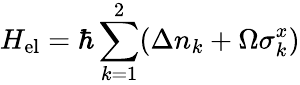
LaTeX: H_{\mathrm{el}}=\hbar\sum_{k=1}^{2}(\Delta n_{k}+\Omega\sigma_{k}^{x})